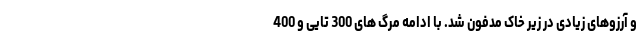
و آرزوهای زیادی در زیر خاک مدفون شد. با ادامه مرگ های 300 تایی و 400